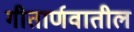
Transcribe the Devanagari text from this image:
गीतार्णवातील